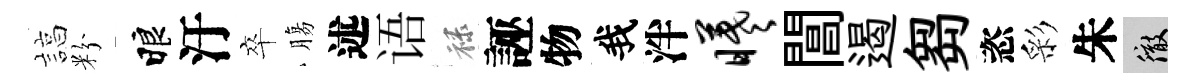
諄粉睱汙卒膓述语禄誣物我泮曦閶遏芻恣彩朱徹